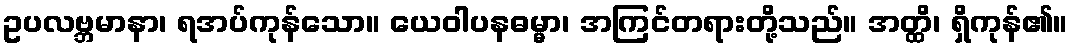
ဥပလဗ္ဘမာနာ၊ ရအပ်ကုန်သော။ ယေဝါပနဓမ္မာ၊ အကြင်တရားတို့သည်။ အတ္ထိ၊ ရှိကုန်၏။